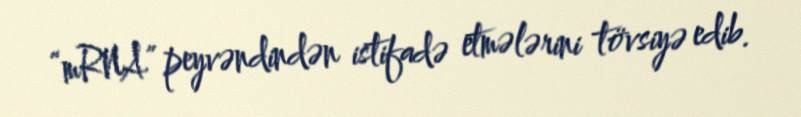
“mRNA” peyvəndindən istifadə etmələrini tövsiyə edib.